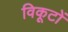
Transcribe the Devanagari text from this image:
विकूटों